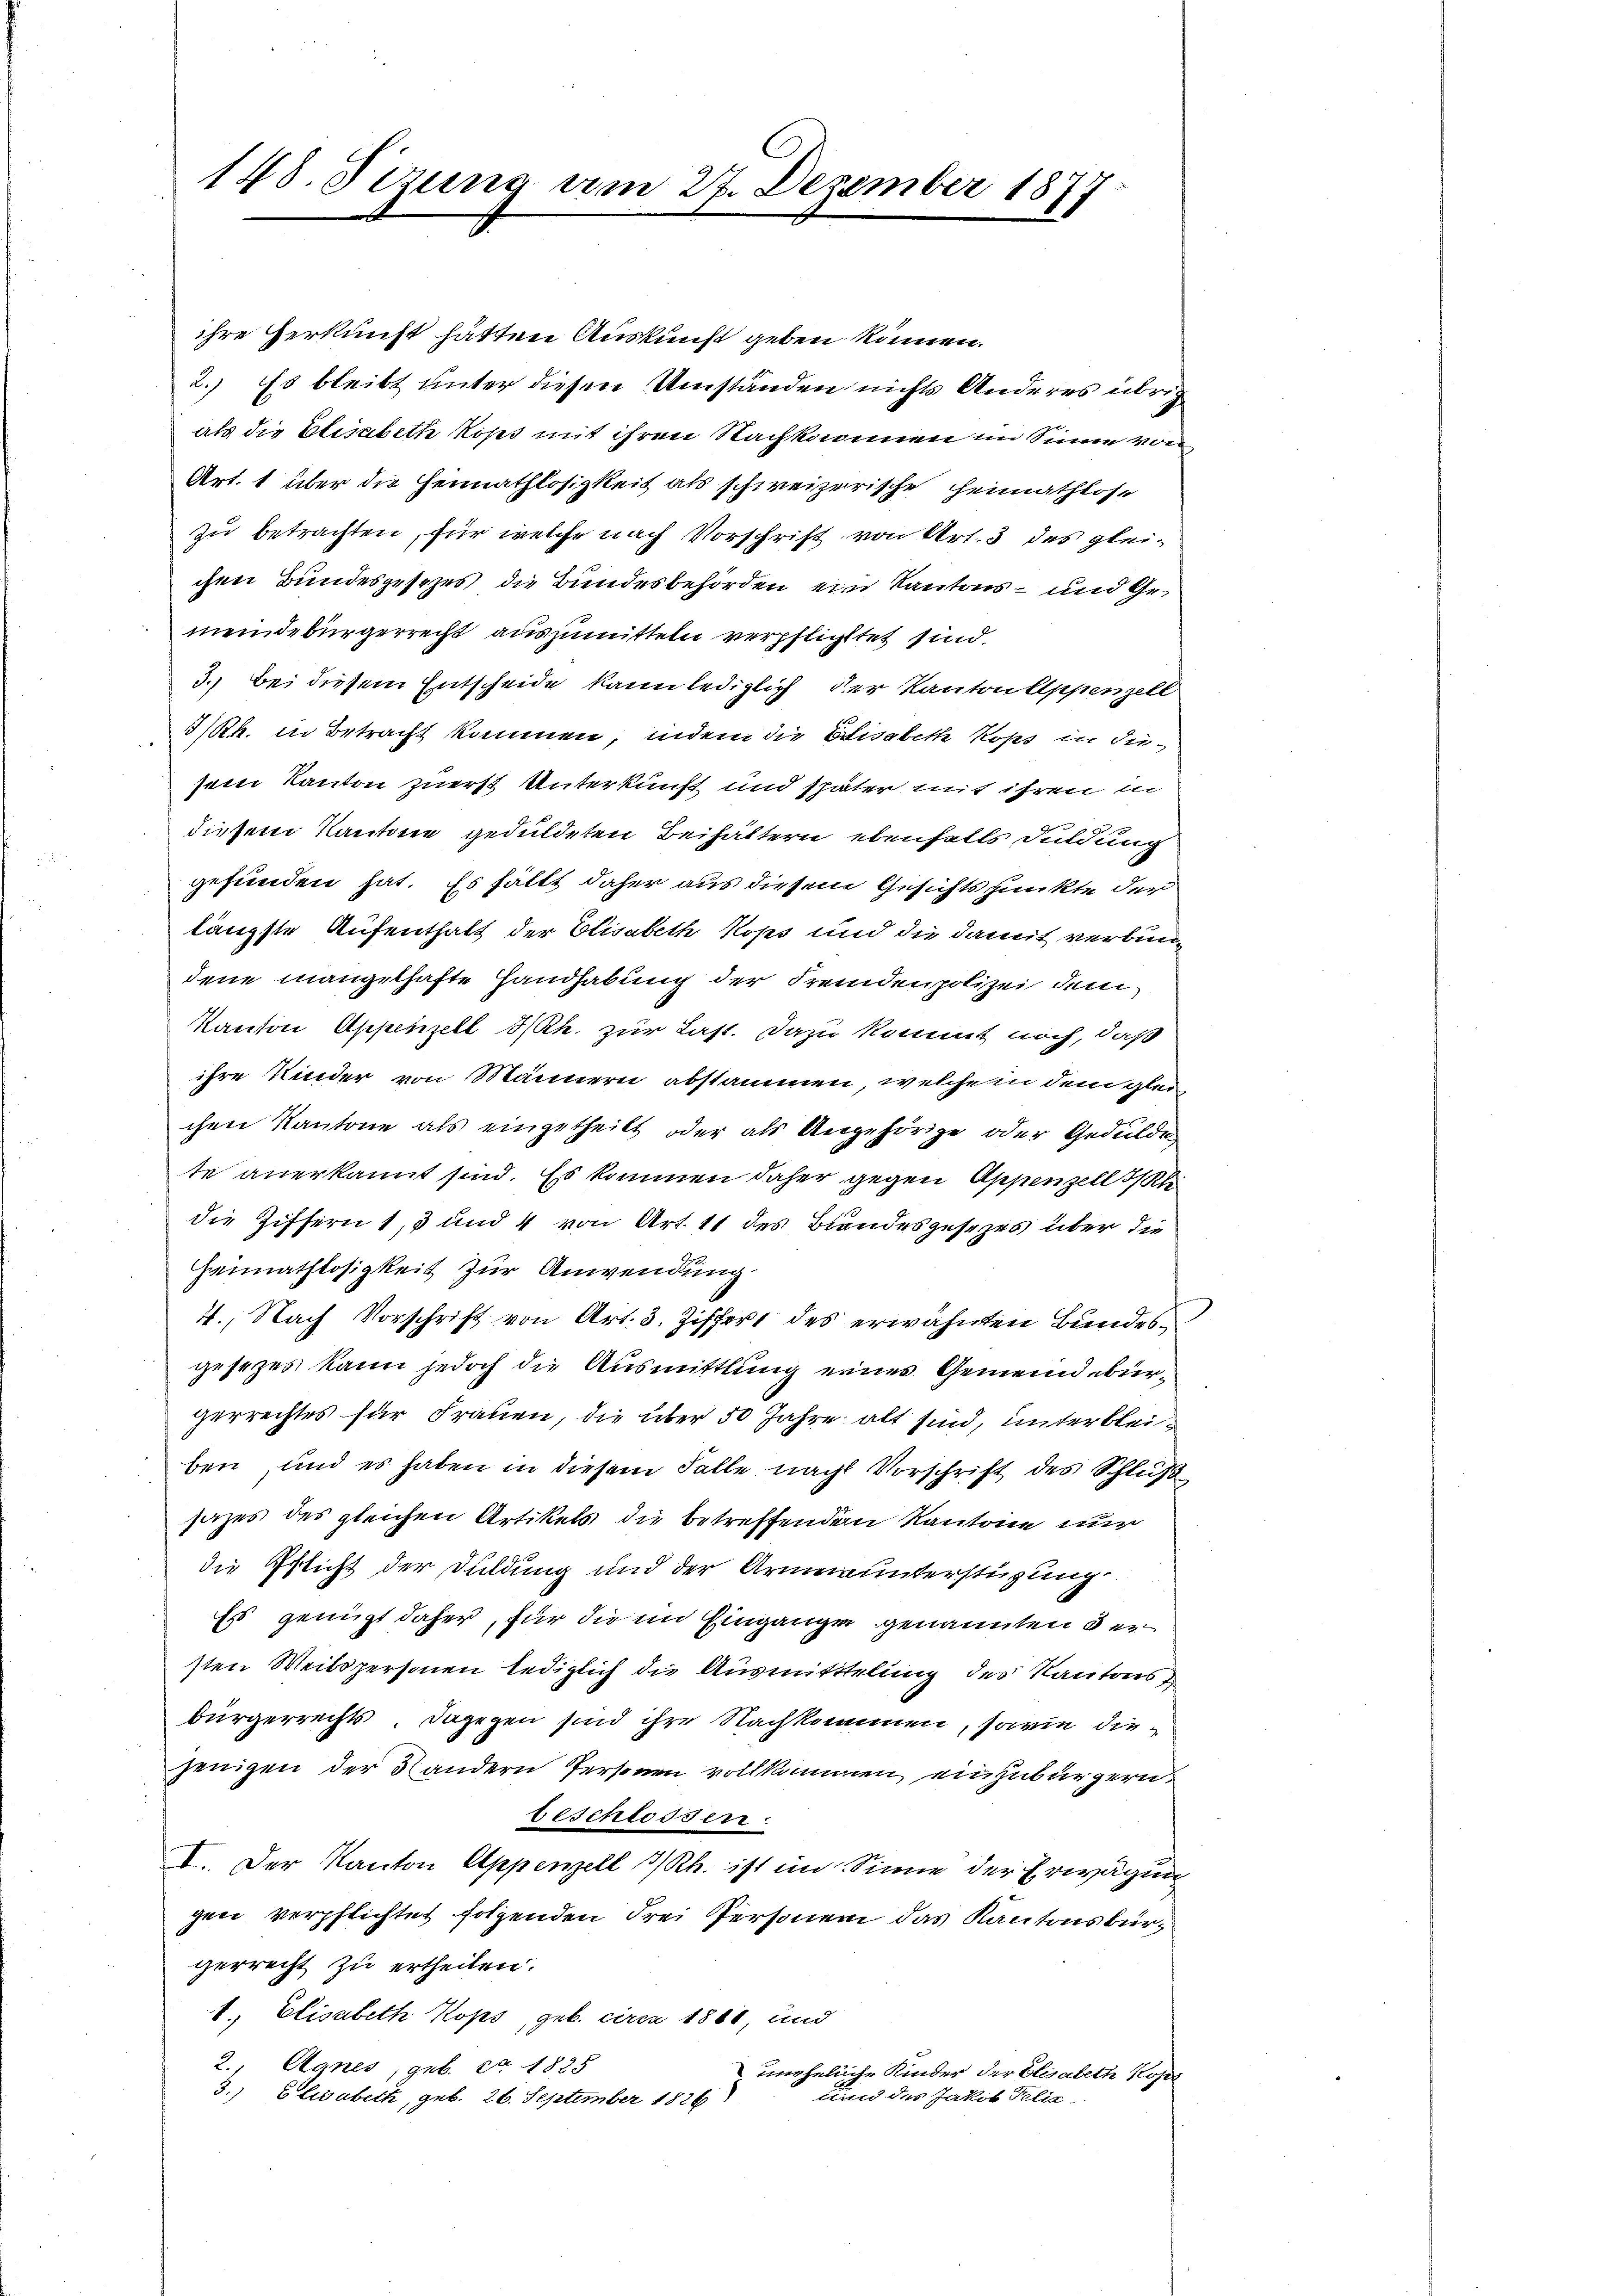
148. Sizung am 27. Dezember 1877

ihre Herkunft hätten Auskunft geben können.
2.) Es bleibt unter diesen Umständen nichts Anderes übrig
als die Elisabeth Roses mit ihren Nachkommen im Sinne von
Art. 1 über die Heimathlosigkeit als schweizerische Heimathlose
zu betrachten, für welche nach Vorschrift von Art. 3 des gleichen Bundesgesezes die Bundesbehörden ein Kantons- und Gemeindebürgerrecht auszumitteln verpflichtet sind.
3.) Bei diesem Entscheide kann lediglich der Kanton Appenzell
3/Rh. in Betracht kommen, indem die Elisabeth Kops in diesem Kanton zuerst Unterkunft und später mit ihren i
diesem Kantone geduldeten Beihältern ebenfalls Duldung
gefunden hat. Es fällt daher aus diesem Gesichtspunkte der
längste Aufenthalt der Elisabeth Kops und die damit verbin
dene mangelhafte Handhabung der Fremdenpolizei dem
Kanton Appenzell I/Rh. zur Last. Dazu kommt noch, daß
ihre Kinder von Männern abstammen, welchem dem glei
chen Kantone als eingetheilt oder als Angehörige oder Gedulde
te anerkannt sind. Es kommen daher gegen Appenzell Kle
die Ziffern 1, 3 und 4 von Art. 11 des Bandesgesezes über die
Hannathlosigkeit zur Anwendung
4., Nach Vorschrift von Art. 3. Ziffert des erwähnten Bundesgesetzes kann jedoch die Ausmittlung eines Gemeindebürgerrechtes für Frauen, die über 50 Jahre alt sind, unterbleiben, und es haben in diesem Falle nach Vorschrift des Schluß
sazes des gleichen Artikels die betreffenden Kantone nur
die Pflicht der Duldung und der Armenunterstüzung
Es genügt daher, für die im Eingange genannten der
sten Weibspersonen lediglich die Ausmittelung des Kantons,
bürgerrechts. Dagegen sind ihre Nachkommen, sowie diejenigen der 3 andern Personen vollkommen, einzubürgern.
beschlossen.
I. Der Kanton Appenzell I/Rh. ist ein Sinne der Erwägung
gen verpflichtet folgenden Frei Personen das Kantonsbürgerrecht zu ertheilen.
1.) Elisabeth Kops, geb. ciren 1880, und
2., Agnes, geb. Nr. 1885
uneheliche Kinder der Elisabeth Kops
und des Jakob Felix
3.) Elisabeth, geb. 26. September 1826